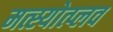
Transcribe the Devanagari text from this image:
मत्स्योत्प्लव